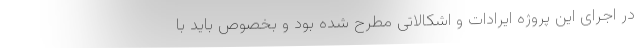
در اجرای این پروژه ایرادات و اشکالاتی مطرح شده بود و بخصوص باید با